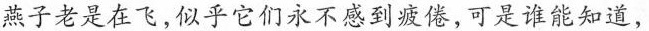
燕子老是在飞，似乎它们永不感到疲倦，可是谁能知道，